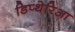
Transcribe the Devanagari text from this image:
डिप्थेरिआ